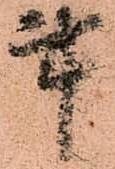
事